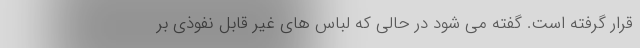
قرار گرفته است. گفته می شود در حالی که لباس های غیر قابل نفوذی بر